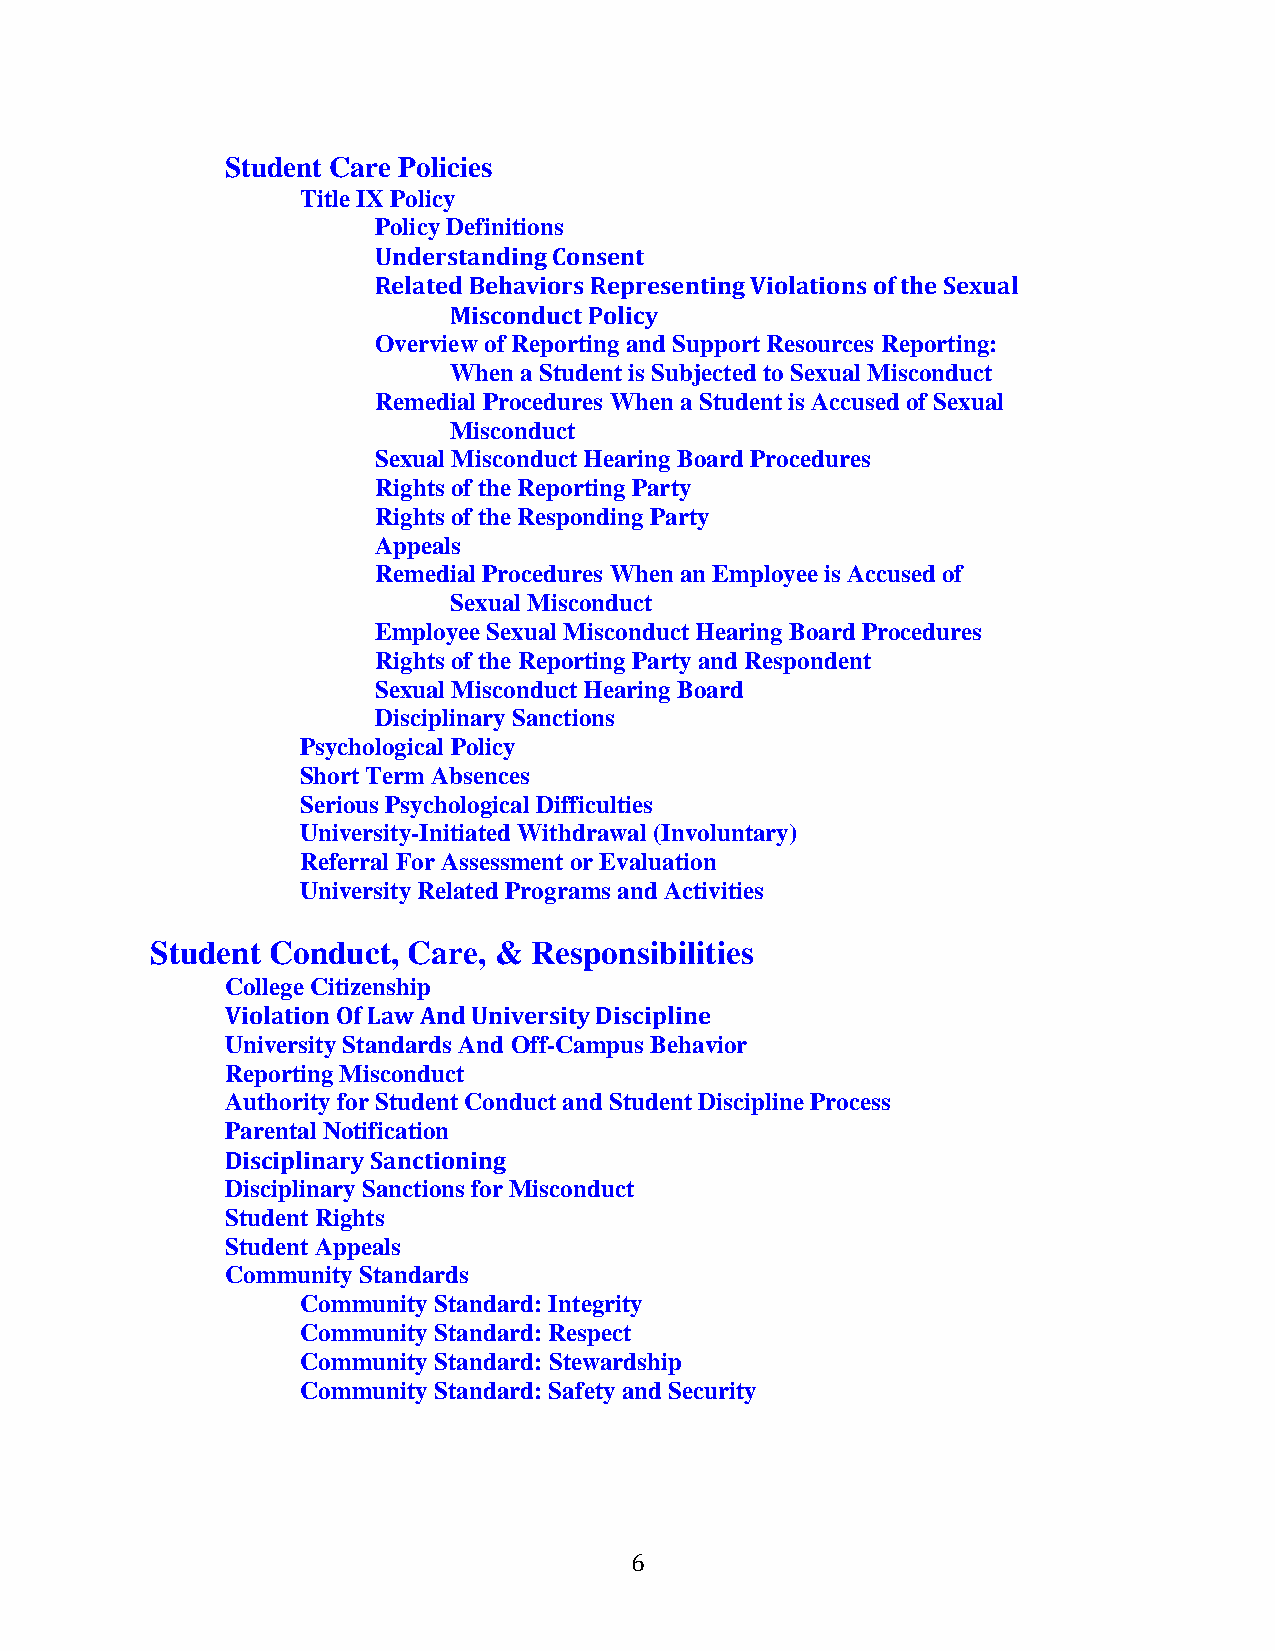
Student Care Policies
 Title IX Policy
 Policy Definitions
 Understanding Consent
 Related Behaviors Representing Violations of the Sexual
 Misconduct Policy
 Overview of Reporting and Support Resources Reporting:
 When a Student is Subjected to Sexual Misconduct
 Remedial Procedures When a Student is Accused of Sexual
 Misconduct
 Sexual Misconduct Hearing Board Procedures
 Rights of the Reporting Party
 Rights of the Responding Party
 Appeals
 Remedial Procedures When an Employee is Accused of
 Sexual Misconduct
 Employee Sexual Misconduct Hearing Board Procedures
 Rights of the Reporting Party and Respondent
 Sexual Misconduct Hearing Board
 Disciplinary Sanctions
 Psychological Policy
 Short Term Absences
 Serious Psychological Difficulties
 University-Initiated Withdrawal (Involuntary)
 Referral For Assessment or Evaluation
 University Related Programs and Activities
 Student Conduct, Care, & Responsibilities
 College Citizenship
 Violation Of Law And University Discipline
 University Standards And Off-Campus Behavior
 Reporting Misconduct
 Authority for Student Conduct and Student Discipline Process
 Parental Notification
 Disciplinary Sanctioning
 Disciplinary Sanctions for Misconduct
 Student Rights
 Student Appeals
 Community Standards
 Community Standard: Integrity
 Community Standard: Respect
 Community Standard: Stewardship
 Community Standard: Safety and Security
 6